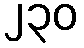
၂၃၀